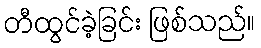
တီထွင်ခဲ့ခြင်း ဖြစ်သည်။